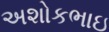
અશોકભાઇ